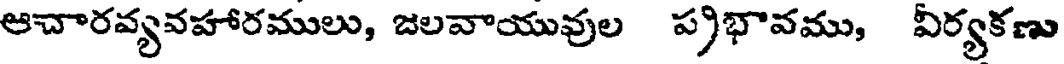
ఆచారవ్యవహారములు, జలవాయువుల ప్రభావము, వీర్యకణు